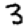
Digit: 3